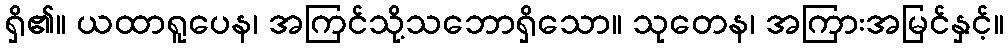
ရှိ၏။ ယထာရူပေန၊ အကြင်သို့သဘောရှိသော။ သုတေန၊ အကြားအမြင်နှင့်။